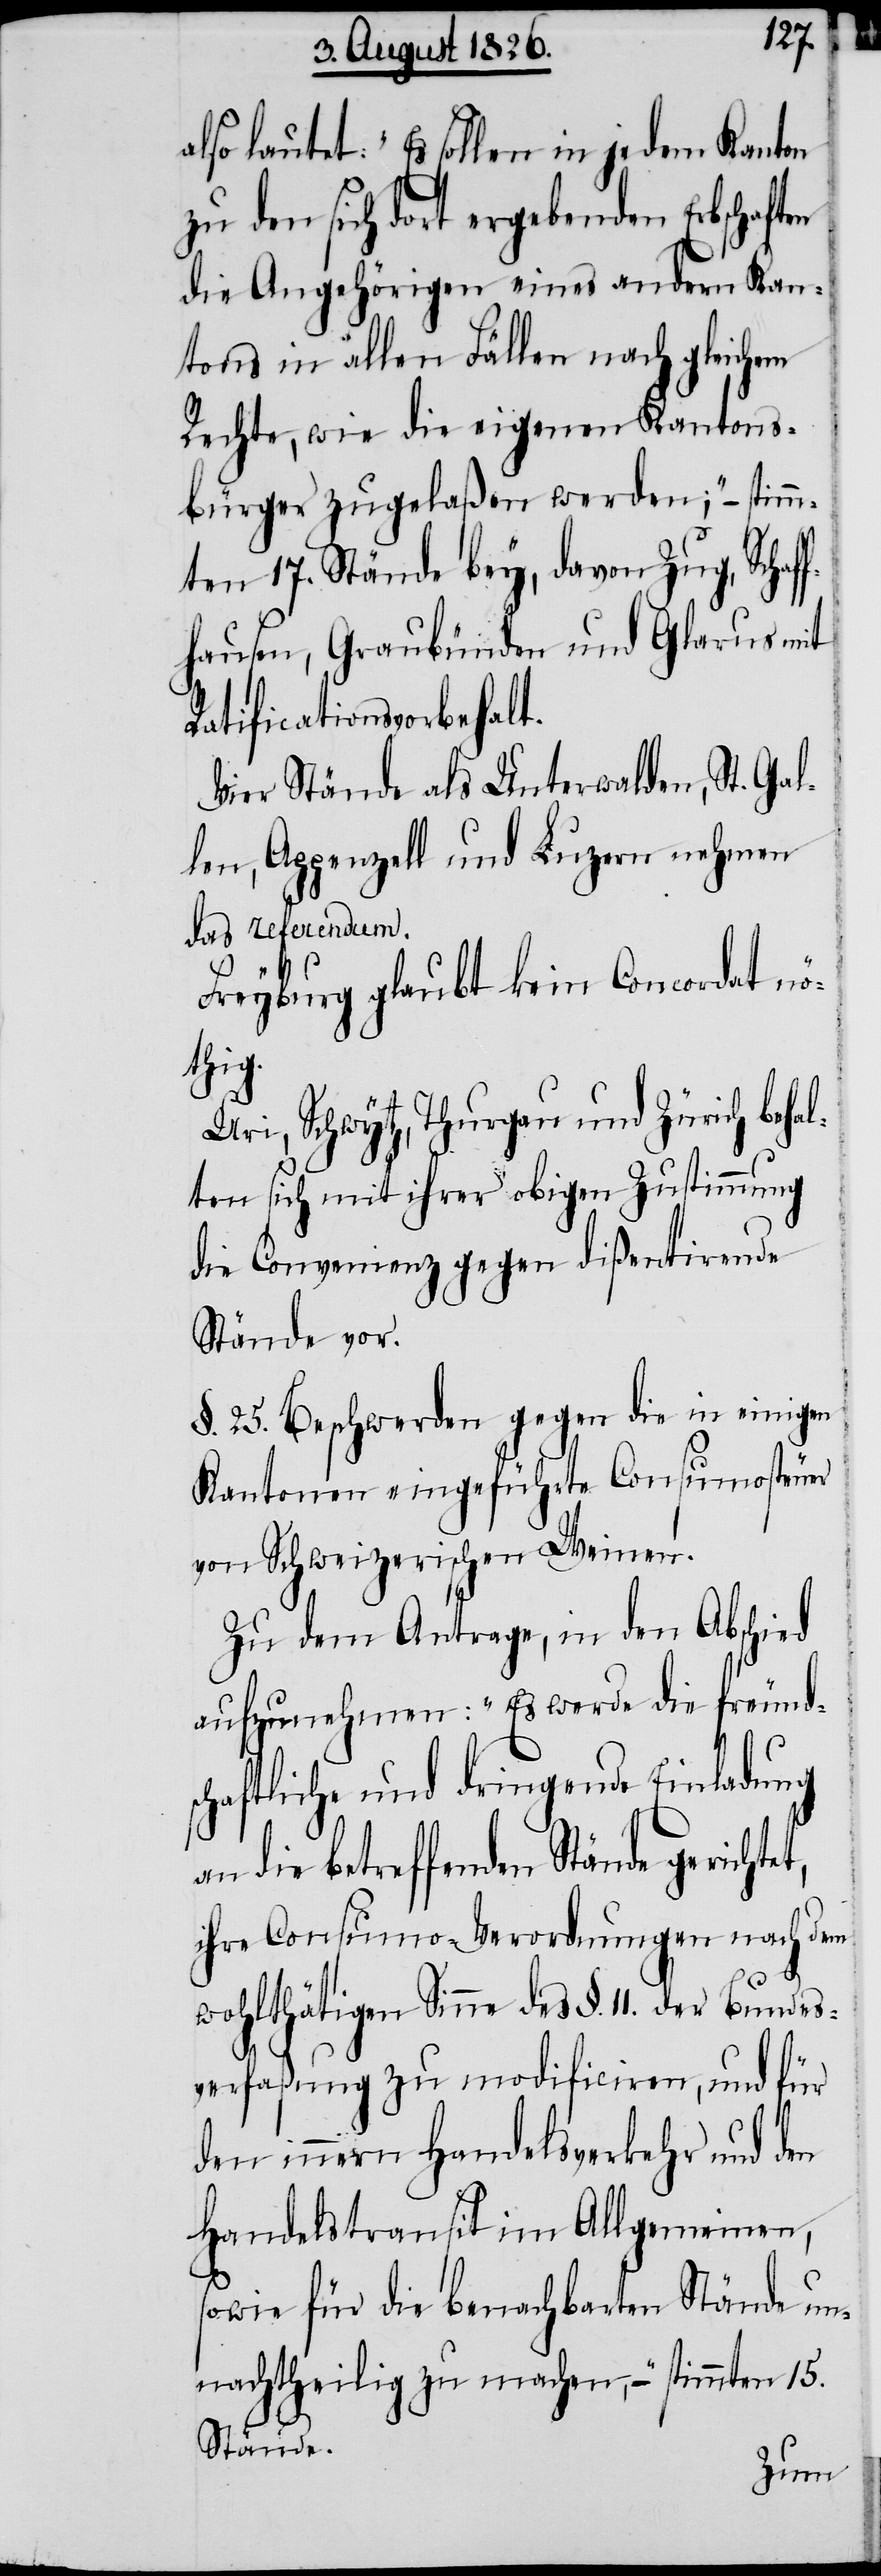
also lautet: „Es sollen in jedem Kanton
zu den sich dort ergebenden Erbschaften
die Angehörigen eines andern Kan¬
tons in allen Fällen nach gleichem
Rechte, wie die eigenen Kantons¬
bürger zugelaßen werden: „ – stimm¬
ten 17. Stände bey, davon Zug, Schaff¬
hausen, Graubünden und Glarus mit
Ratificationsvorbehalt.
Vier Stände als Unterwalden, St. Gal¬
len, Appenzell und Luzern nehmen
das referendum.
Freyburg glaubt kein Concordat nö¬
thig.
Uri, Schwytz, Thurgau und Zürich behal¬
ten sich mit ihrer obigen Zustimmung
die Convenienz gegen dißertirende
Stände vor.
§. 25. Beschwerden gegen die in einigen
Kantonen eingeführte Consumosteuer
von Schweizerischen Weinen.
Zu dem Antrage, in den Abschied
aufzunehmen: „Es werde die freund¬
schaftliche und dringende Einladung
an die betreffenden Stände
ihre Consumo-Verordnungen nach dem
wohlthätigen Sinne des §. 11. der Bundes¬
verfaßung zu modificiren, und für
den innern Handelsverkehr und den
Handelstransit im Allgemeinen,
sowie für die benachbarten Stände un¬
nachtheilig zu machen, –“ stimmten 15.
Stände.